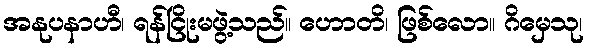
အနုပနာဟီ၊ ရန်ငြိုးမဖွဲ့သည်။ ဟောတိ၊ ဖြစ်လော။ ဂိမှေသု၊